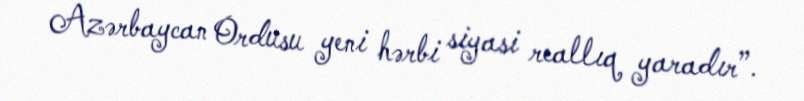
Azərbaycan Ordusu yeni hərbi siyasi reallıq yaradır”.